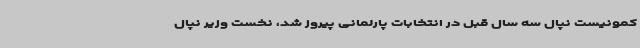
کمونیست نپال سه سال قبل در انتخابات پارلمانی پیروز شد، نخست وزیر نپال